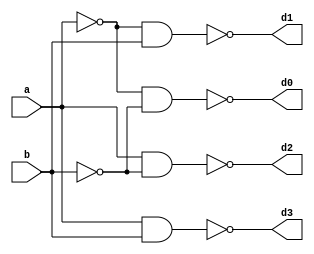
`timescale 1ns / 1ps
//////////////////////////////////////////////////////////////////////////////////
// Company: 
// Engineer: 
// 
// Design Name: 
// Module Name: decode
// Project Name: 
// Target Devices: 
// Tool Versions: 
// Description: 
// 
// Dependencies: 
// 
// Revision:
// Revision 0.01 - File Created
// Additional Comments:
// 
//////////////////////////////////////////////////////////////////////////////////


module decode(
    input a,b,
    output d0,d1,d2,d3
    );
assign d0=~(~a&~b);
assign d1=~(~a&b);
assign d2=~(a&~b);
assign d3=~(a&b);
endmodule